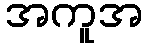
အကူအ